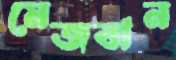
মেজবান